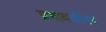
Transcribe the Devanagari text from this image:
प्रभावळीवर